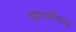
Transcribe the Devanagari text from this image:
ह्यांच्याविरुद्ध